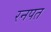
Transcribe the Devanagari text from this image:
रनपत